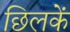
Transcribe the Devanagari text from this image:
छिलकें